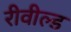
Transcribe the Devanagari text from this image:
रीवील्ड